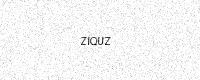
Text: ZIQUZ